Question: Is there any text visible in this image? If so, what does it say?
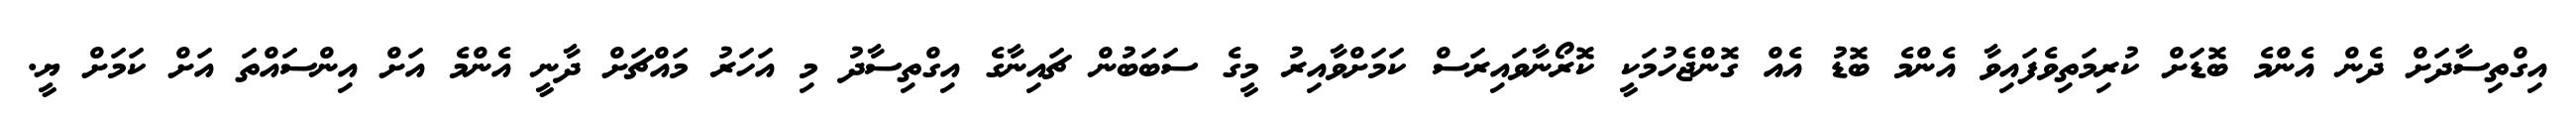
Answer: އިގްތިސާދަށް ދެން އެންމެ ބޮޑަށް ކުރިމަތިވެފައިވާ އެންމެ ބޮޑު އެއް ގޮންޖެހުމަކީ ކޮރޯނާވައިރަސް ކަމަށްވާއިރު މީގެ ސަބަބުން ޗައިނާގެ އިގްތިސާދު މި އަހަރު މައްޗަށް ދާނީ އެންމެ އަށް އިންސައްތަ އަށް ކަމަށް ޔީ.